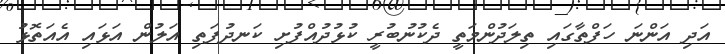
އަދި އަންނަ ހަފްތާގައި ތިލަދުންމަތީ ދެކުނުބުރީ ކުޅުދުއްފުށި ކަނދުފަތި އަލުން އަޅައި އެއަތޮޅު